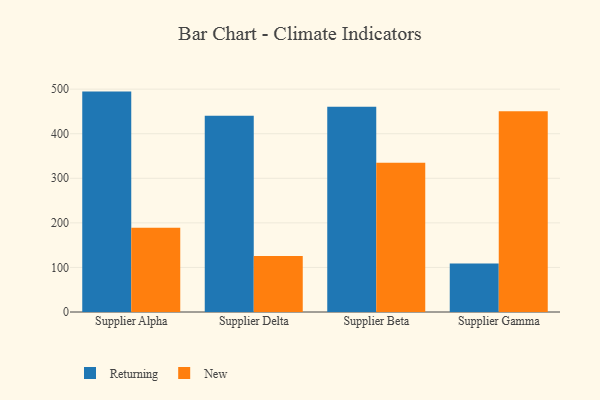
{"axis": {"x": "Supplier", "y": "Shipments"}, "legend": ["New", "Returning"], "data": [{"x": "Supplier Alpha", "y": 494.5, "type": "Returning"}, {"x": "Supplier Alpha", "y": 188.9, "type": "New"}, {"x": "Supplier Delta", "y": 440.4, "type": "Returning"}, {"x": "Supplier Delta", "y": 125.5, "type": "New"}, {"x": "Supplier Beta", "y": 460.3, "type": "Returning"}, {"x": "Supplier Beta", "y": 334.7, "type": "New"}, {"x": "Supplier Gamma", "y": 108.7, "type": "Returning"}, {"x": "Supplier Gamma", "y": 450.2, "type": "New"}]}